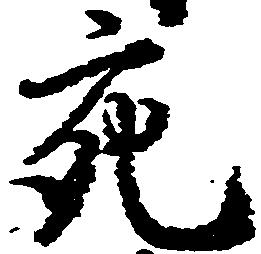
充